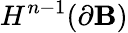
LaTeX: H^{n-1}(\partial\mathbf{B})